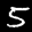
Label: 5